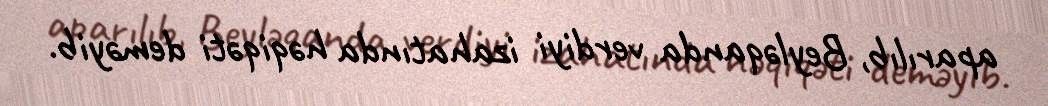
aparılıb, Beyləqanda verdiyi izahatında həqiqəti deməyib.